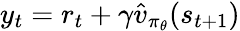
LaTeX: y_{t}=r_{t}+\gamma\hat{v}_{\pi_{\theta}}(s_{t+1})